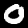
Digit: 0